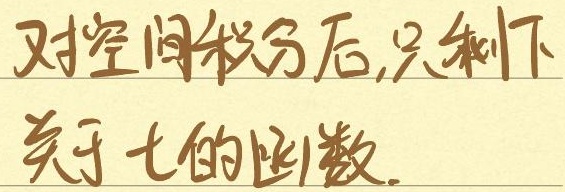
对空间积分后,只剩下
关于t的函数.